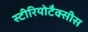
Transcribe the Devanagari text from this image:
स्टीरियोटैक्सीस